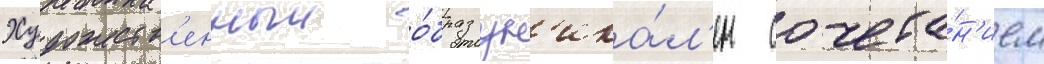
Художеств'енныи о́браз ун'ика́л'ен сочета́н'ием